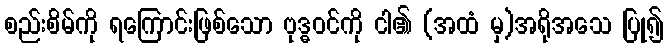
စည်းစိမ်ကို ရကြောင်းဖြစ်သော ဗုဒ္ဓဝင်ကို ငါ၏ (အထံ မှ)အရိုအသေ ပြု၍